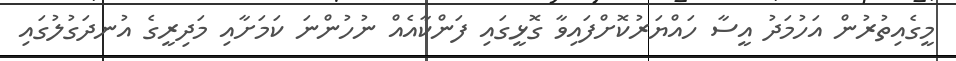
މީގެއިތުރުން އަހުމަދު އީސާ ހައްޔަރުކޮށްފައިވާ ގޮޅީގައި ފަންކާއެއް ނުހުންނަ ކަމަށާއި މަދިރީގެ އުނދަގުލުގައި